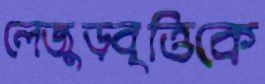
লেজুড়বৃত্তিকে